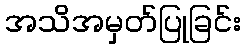
အသိအမှတ်ပြုခြင်း